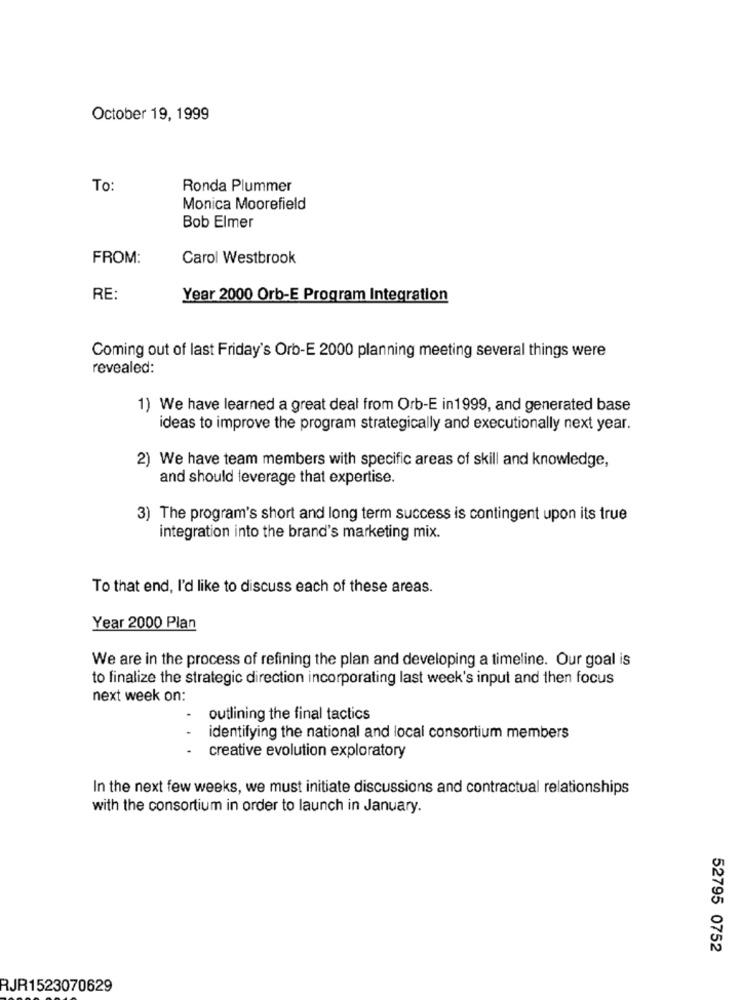
October 19, 1999
To:
Ronda Plummer
Monica Moorefield
Bob Elmer
FROM:
Carol Westbrook
RE:
Year 2000 Orb-E Program Integration
Coming out of last Friday's Orb-E 2000 planning meeting several things were
revealed:
1) We have learned a great deal from Orb-E in1999, and generated base
ideas to improve the program strategically and executionally next year.
2) We have team members with specific areas of skill and knowledge,
and should leverage that expertise.
3) The program's short and long term success is contingent upon its true
integration into the brand's marketing mix.
To that end, I'd like to discuss each of these areas.
Year 2000 Plan
We are in the process of refining the plan and developing a timeline. Our goal is
to finalize the strategic direction incorporating last week's input and then focus
next week on:
outlining the final tactics
identifying the national and local consortium members
creative evolution exploratory
In the next few weeks, we must initiate discussions and contractual relationships
with the consortium in order to launch in January.
52795 0752
RJR1523070629